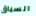
السياق